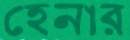
হেনার